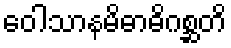
ဝေါသာနမိဓာဓိဂစ္ဆတိ